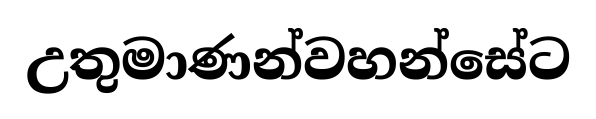
උතුමාණන්වහන්සේට